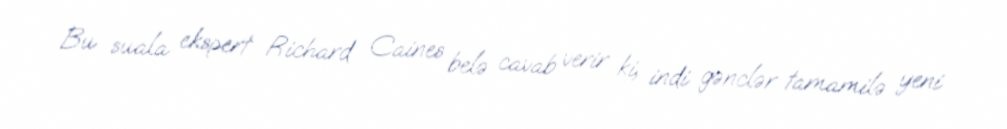
Bu suala ekspert Richard Caines belə cavab verir ki, indi gənclər tamamilə yeni